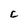
Character: C